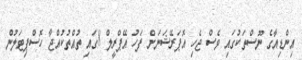
އިންޑިއާގެ ނޫސްތަކުގައި ވެސް ޖެހި އޮޕަރޭޝަނަށް ފަހު އޭޕްރީލް 8ގައި ތުއްތުކުއްޖާ ހޮސްޕިޓަލުން